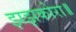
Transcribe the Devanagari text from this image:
झझकोरा॥